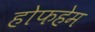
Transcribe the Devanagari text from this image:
होफहेम